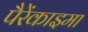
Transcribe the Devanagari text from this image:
पैरेंकाइमा